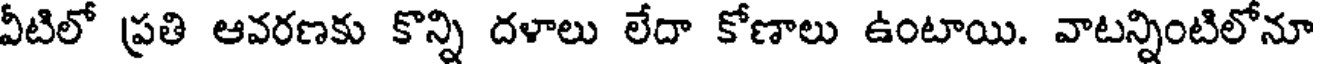
వీటిలో ప్రతి ఆవరణకు కొన్ని దళాలు లేదా కోణాలు ఉంటాయి. వాటన్నింటిలోనూ